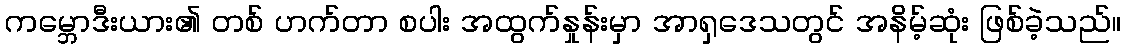
ကမ္ဘောဒီးယား၏ တစ် ဟက်တာ စပါး အထွက်နှုန်းမှာ အာရှဒေသတွင် အနိမ့်ဆုံး ဖြစ်ခဲ့သည်။